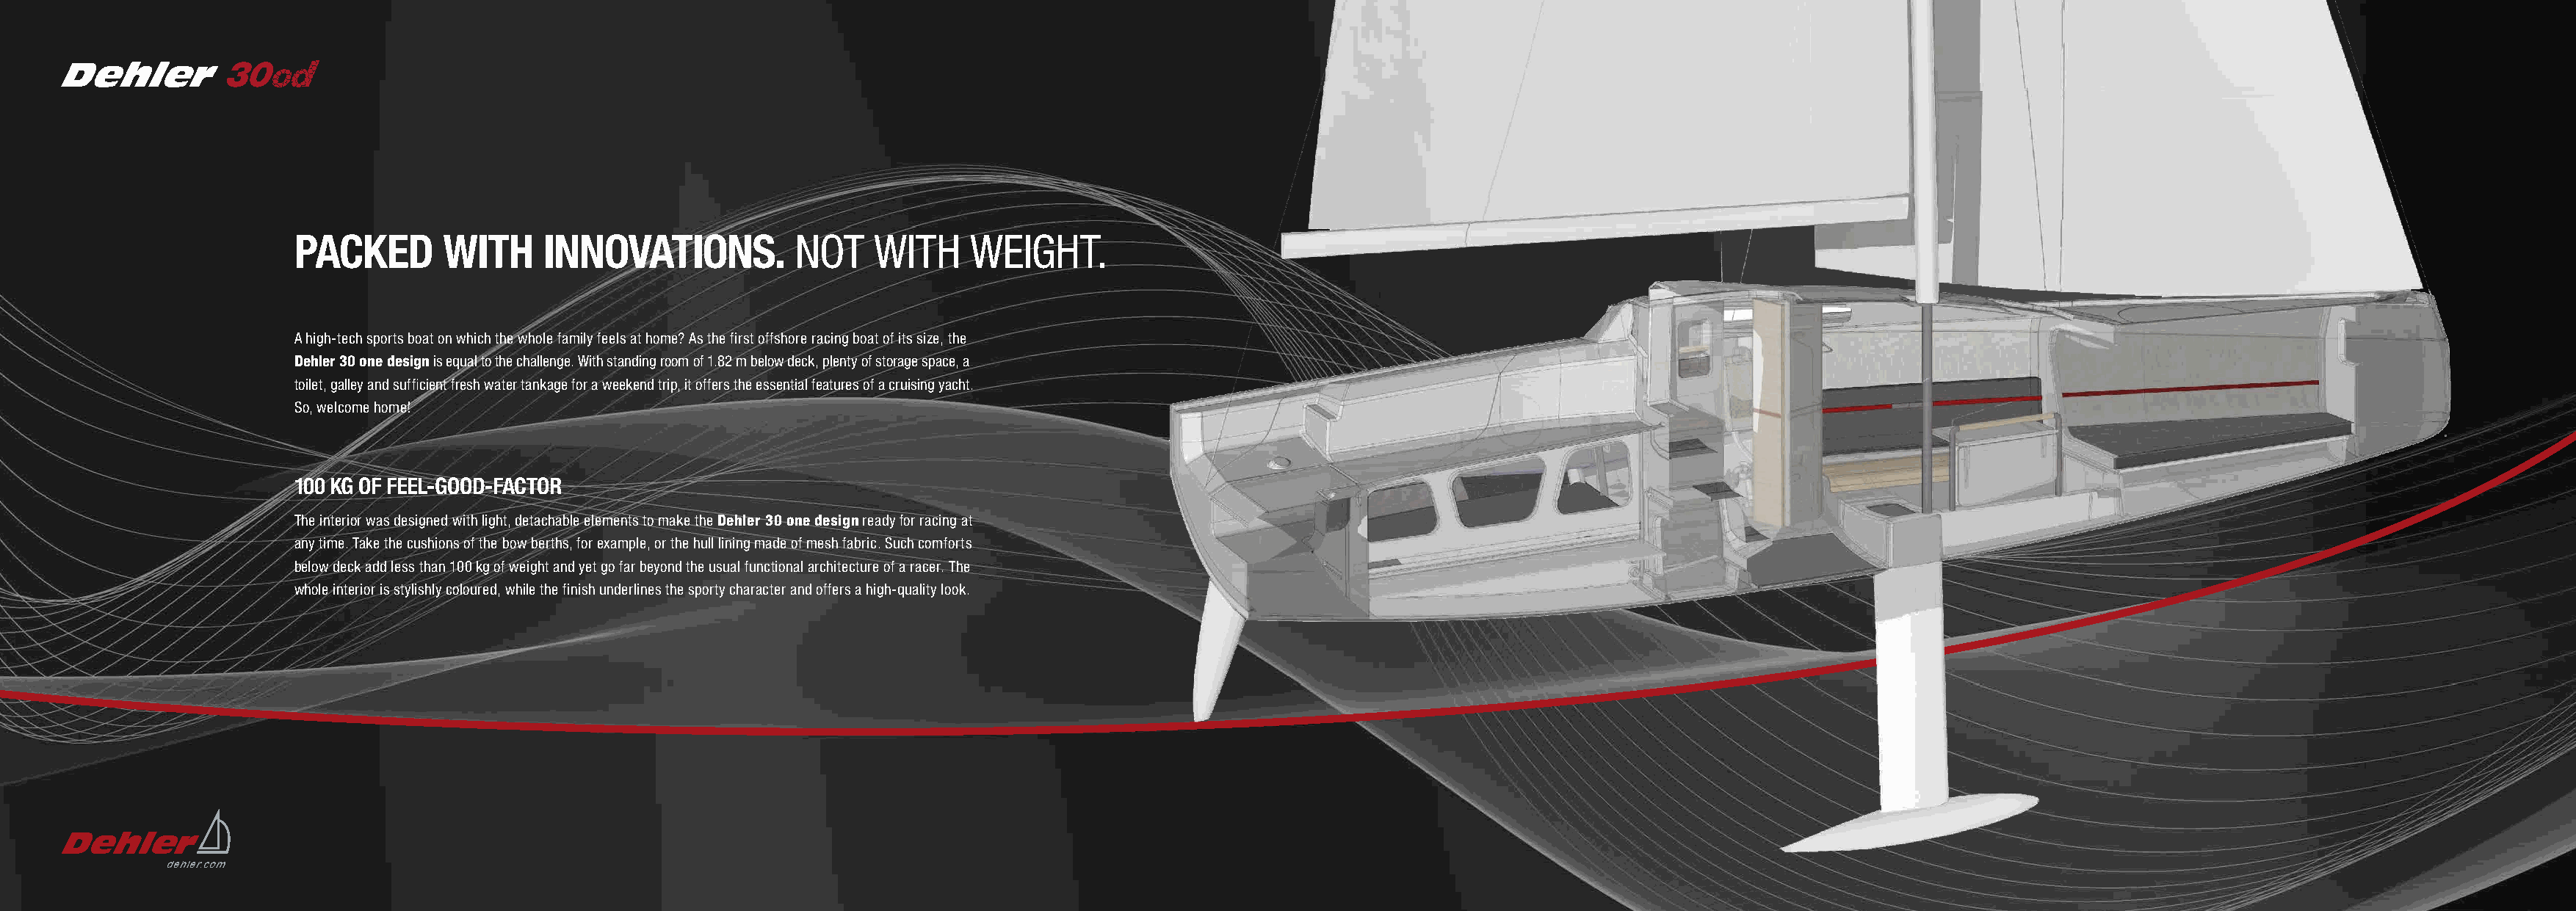
PACKED       WITH     INNOVATIONS.           NOT    WITH     WEIGHT.
 A high-tech sports boat on which the whole family feels at home? As the first offshore racing boat of its size, the
 Dehler 30 one design is equal to the challenge. With standing room of 1.82 m below deck, plenty of storage space, a
 toilet, galley and sufficient fresh water tankage for a weekend trip, it offers the essential features of a cruising yacht.
 So, welcome home!
 100 KG OF FEEL-GOOD-FACTOR
 The interior was designed with light, detachable elements to make the Dehler 30 one design ready for racing at
 any time. Take the cushions of the bow berths, for example, or the hull lining made of mesh fabric. Such comforts
 below deck add less than 100 kg of weight and yet go far beyond the usual functional architecture of a racer. The
 whole interior is stylishly coloured, while the finish underlines the sporty character and offers a high-quality look.
 dehler.com